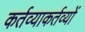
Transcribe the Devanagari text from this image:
कर्तव्याकर्तव्यों